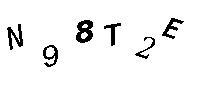
N98T2E